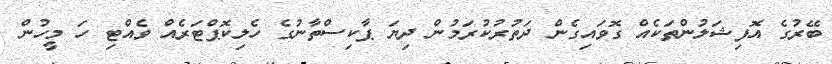
ބޭރުގެ އޮފިޝަލުންތަކެއް ގޮވައިގެން ދަތުރުކުރަމުން ދިޔަ ޕާކިސްތާނުގެ ހެލިކޮޕްޓަރެއް ވެއްޓި ހަ މީހުން